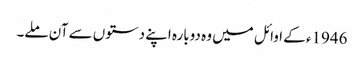
1946ء کے اوائل میں وہ دوبارہ اپنے دستوں سے آن ملے۔